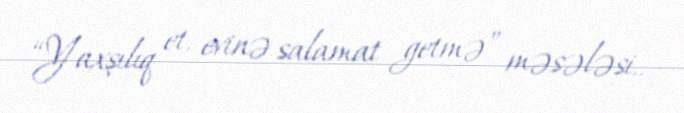
“Yaxşılıq et, evinə salamat getmə” məsələsi..